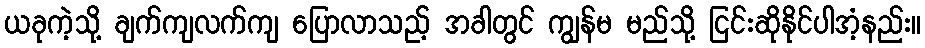
ယခုကဲ့သို့ ချက်ကျလက်ကျ ပြောလာသည့် အခါတွင် ကျွန်မ မည်သို့ ငြင်းဆိုနိုင်ပါအံ့နည်း။